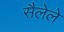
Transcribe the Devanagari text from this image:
सैलेले